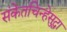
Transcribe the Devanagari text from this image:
संकेतचिन्हेसुद्धा